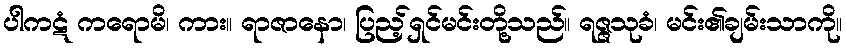
ပါကဋံ ကရောမိ၊ ကား။ ရာဇာနော၊ ပြည့်ရှင်မင်းတို့သည်။ ရဇ္ဇသုခံ၊ မင်း၏ချမ်းသာကို။